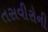
તસવીરોની